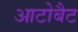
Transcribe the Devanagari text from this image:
आटोबैट